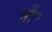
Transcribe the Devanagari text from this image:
मौं०